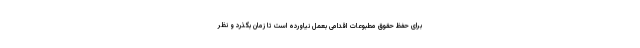
برای حفظ حقوق مطبوعات اقدامی بعمل نیاورده است تا زمان بگذرد و نظر